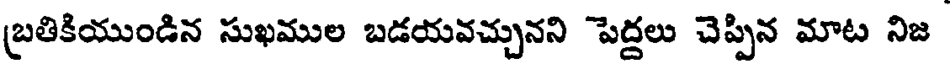
బ్రతికియుండిన సుఖముల బడయవచ్చునని పెద్దలు చెప్పిన మాట నిజ